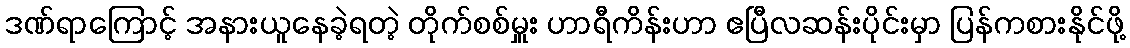
ဒဏ်ရာကြောင့် အနားယူနေခဲ့ရတဲ့ တိုက်စစ်မှူး ဟာရီကိန်းဟာ ဧပြီလဆန်းပိုင်းမှာ ပြန်ကစားနိုင်ဖို့